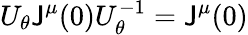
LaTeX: U_{\theta}\mathsf{J}^{\mu}(0)U_{\theta}^{-1}=\mathsf{J}^{\mu}(0)